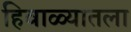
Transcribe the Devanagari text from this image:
हिवाळ्यातला